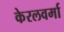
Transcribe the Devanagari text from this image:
केरलवर्मा